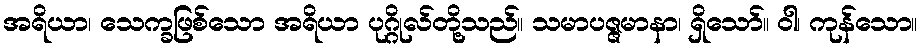
အရိယာ၊ သေက္ခဖြစ်သော အရိယာ ပုဂ္ဂိုလ်တို့သည်။ သမာပဇ္ဇမာနာ၊ ရှိသော်။ ဝါ၊ ကုန်သော။